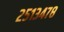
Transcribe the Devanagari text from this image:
२५१३४७८